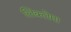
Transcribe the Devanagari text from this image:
लिक्लेमा